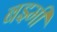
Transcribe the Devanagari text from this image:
बझ्मी